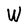
Character: W